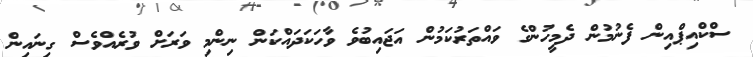
ސްކްއިޕްއިން ފެނުމުން ދެމީހުންގެ ވައްތަރުކަމުން އަޖައިބުވެ ވާހަކަދައްކަން ނިންމި ވަރަށް ވުރެއްވެސް ގިނައިން